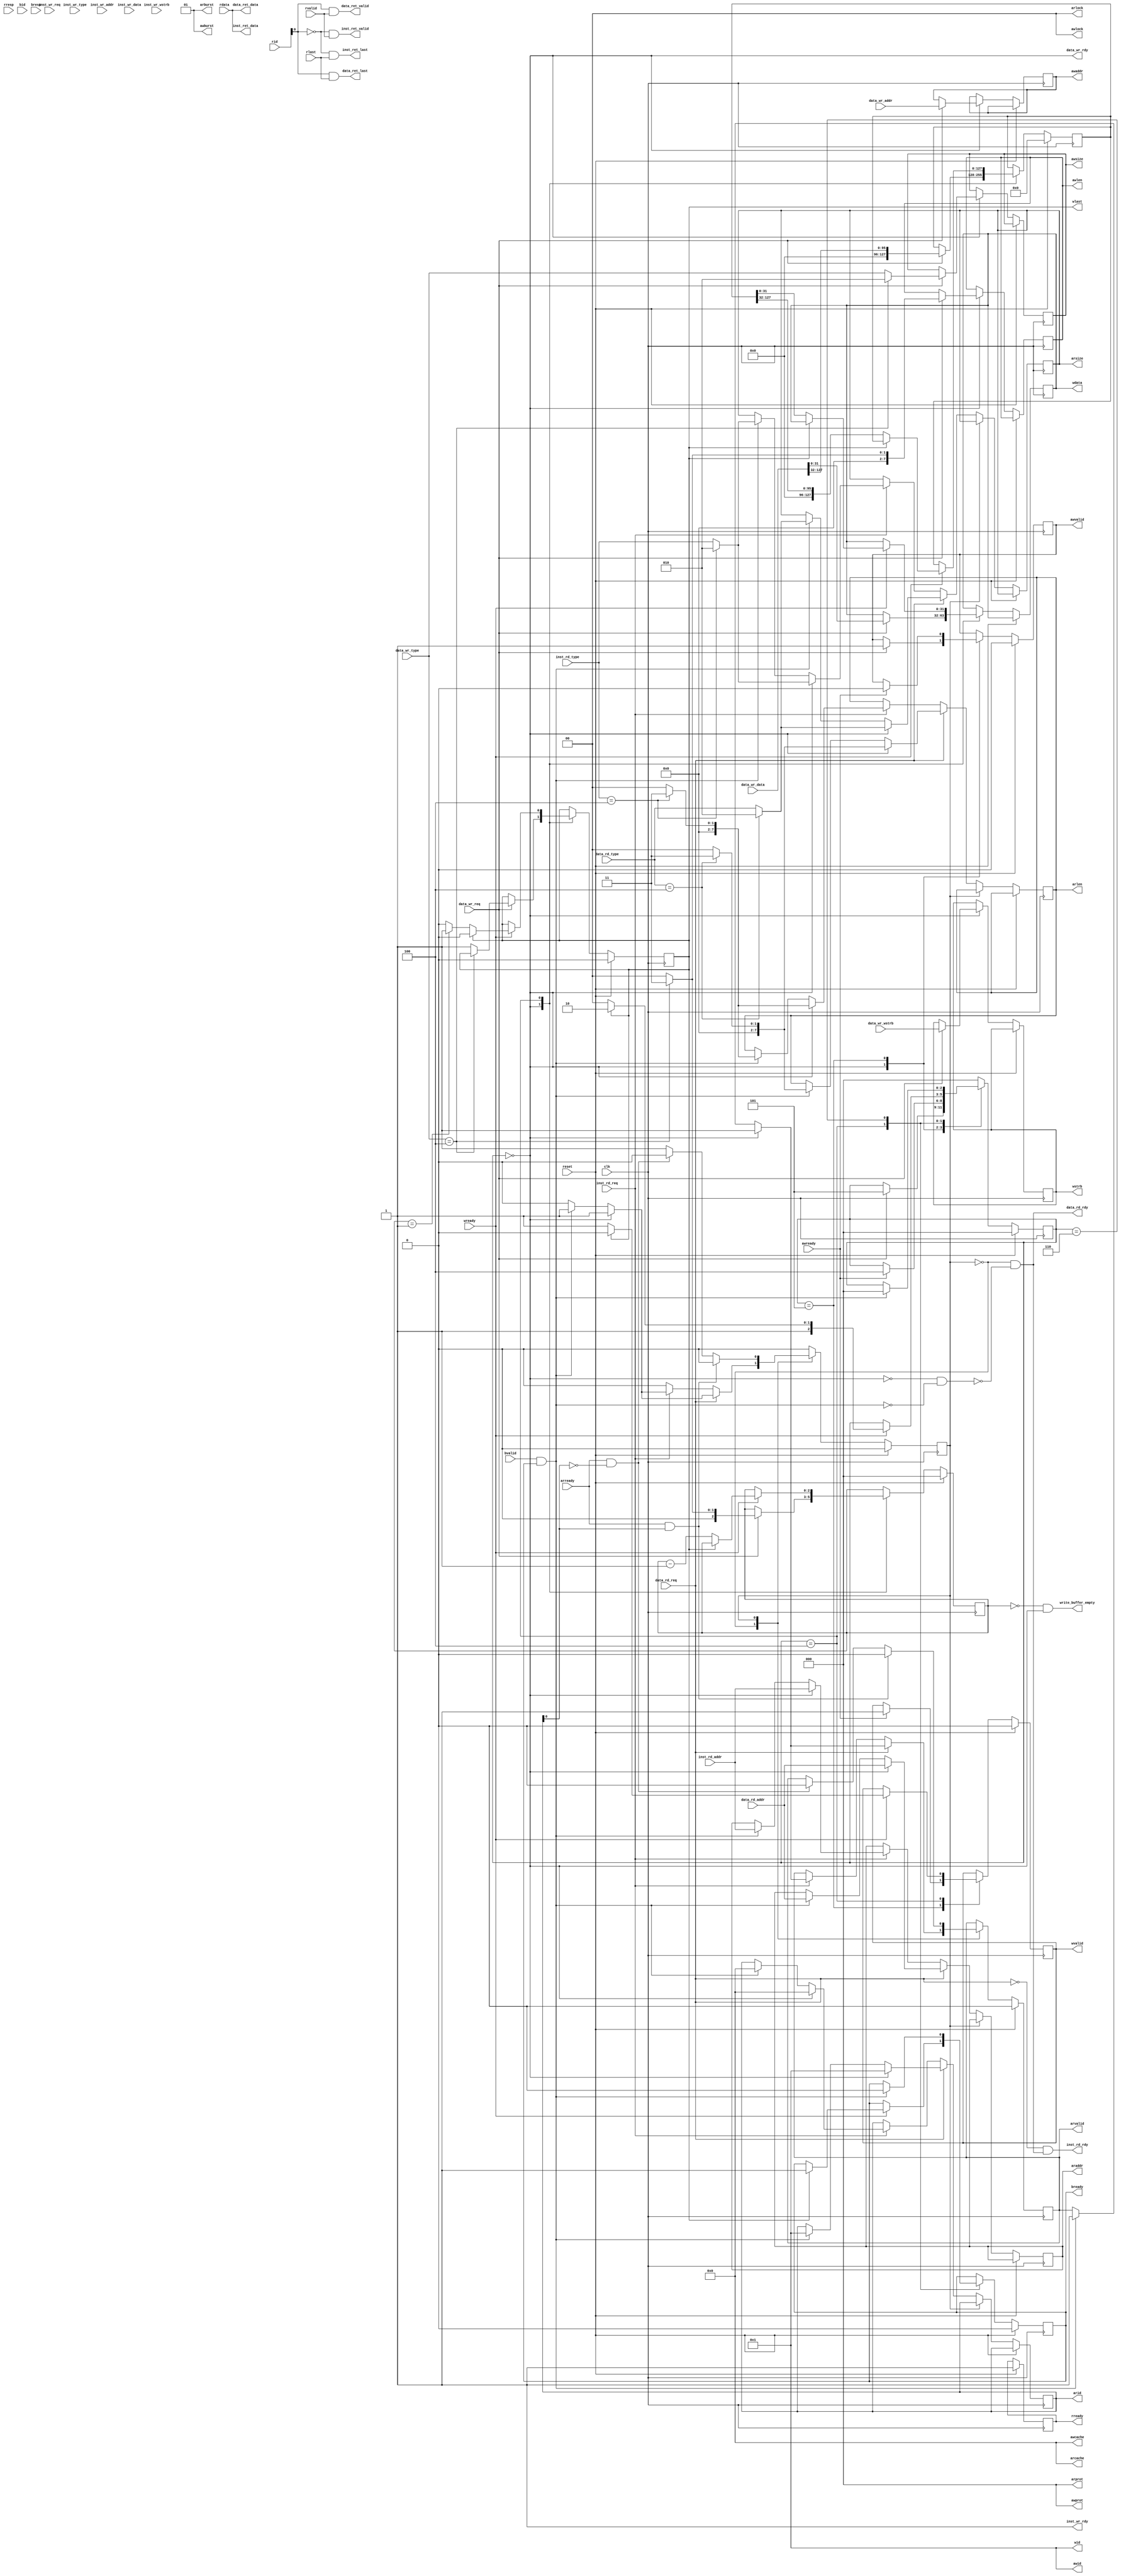
module axi_bridge(
    input   clk,
    input   reset,

    output   reg[ 3:0] arid,
    output   reg[31:0] araddr,
    output   reg[ 7:0] arlen,
    output   reg[ 2:0] arsize,
    output      [ 1:0] arburst,
    output      [ 1:0] arlock,
    output      [ 3:0] arcache,
    output      [ 2:0] arprot,
    output   reg       arvalid,
    input              arready,

    input    [ 3:0] rid,
    input    [31:0] rdata,
    input    [ 1:0] rresp,
    input           rlast,
    input           rvalid,
    output   reg    rready,

    output      [ 3:0] awid,
    output   reg[31:0] awaddr,
    output   reg[ 7:0] awlen,
    output   reg[ 2:0] awsize,
    output      [ 1:0] awburst,
    output      [ 1:0] awlock,
    output      [ 3:0] awcache,
    output      [ 2:0] awprot,
    output   reg       awvalid,
    input              awready,

    output      [ 3:0] wid,
    output   reg[31:0] wdata,
    output   reg[ 3:0] wstrb,
    output   reg       wlast,
    output   reg       wvalid,
    input              wready,

    input    [ 3:0] bid,
    input    [ 1:0] bresp,
    input           bvalid,
    output   reg    bready,
    //cache sign
    input            inst_rd_req     ,
    input  [ 2:0]    inst_rd_type    ,
    input  [31:0]    inst_rd_addr    ,
    output           inst_rd_rdy     ,
    output           inst_ret_valid  ,
    output           inst_ret_last   ,
    output [31:0]    inst_ret_data   ,
    input            inst_wr_req     ,
    input  [ 2:0]    inst_wr_type    ,
    input  [31:0]    inst_wr_addr    ,
    input  [ 3:0]    inst_wr_wstrb   ,
    input  [127:0]   inst_wr_data    ,
    output           inst_wr_rdy     ,

    input            data_rd_req     ,
    input  [ 2:0]    data_rd_type    ,
    input  [31:0]    data_rd_addr    ,
    output           data_rd_rdy     ,
    output           data_ret_valid  ,
    output           data_ret_last   ,
    output [31:0]    data_ret_data   ,
    input            data_wr_req     ,
    input  [ 2:0]    data_wr_type    ,
    input  [31:0]    data_wr_addr    ,
    input  [ 3:0]    data_wr_wstrb   ,
    input  [127:0]   data_wr_data    ,
    output           data_wr_rdy     ,
    output           write_buffer_empty
);

//fixed signal
assign  arburst = 2'b1;
assign  arlock  = 2'b0;
assign  arcache = 4'b0;
assign  arprot  = 3'b0;
assign  awid    = 4'b1;
assign  awburst = 2'b1;
assign  awlock  = 2'b0;
assign  awcache = 4'b0;
assign  awprot  = 3'b0;
assign  wid     = 4'b1;

assign  inst_wr_rdy = 1'b1;

localparam read_requst_empty = 1'b0;
localparam read_requst_ready = 1'b1;
localparam read_respond_empty = 1'b0;
localparam read_respond_transfer = 1'b1;
localparam write_request_empty = 3'b000;
localparam write_addr_ready = 3'b001;
localparam write_data_ready = 3'b010;
localparam write_all_ready = 3'b011;
localparam write_data_transform = 3'b100;
localparam write_data_wait = 3'b101;
localparam write_wait_b = 3'b110;

reg       read_requst_state;
reg       read_respond_state;
reg [2:0] write_requst_state;

wire      write_wait_enable;

wire         rd_requst_state_is_empty;
wire         rd_requst_can_receive;

assign rd_requst_state_is_empty = read_requst_state == read_requst_empty;

wire        data_rd_cache_line;
wire        inst_rd_cache_line;
wire [ 2:0] data_real_rd_size;
wire [ 7:0] data_real_rd_len ;
wire [ 2:0] inst_real_rd_size;
wire [ 7:0] inst_real_rd_len ;
wire        data_wr_cache_line;
wire [ 2:0] data_real_wr_size;
wire [ 7:0] data_real_wr_len ;

reg [127:0] write_buffer_data;
reg [ 2:0]  write_buffer_num;

wire        write_buffer_last;

assign write_buffer_empty = (write_buffer_num == 3'b0) && !write_wait_enable;

assign rd_requst_can_receive = rd_requst_state_is_empty && !(write_wait_enable && !(bvalid && bready));

assign data_rd_rdy = rd_requst_can_receive;
assign inst_rd_rdy = !data_rd_req && rd_requst_can_receive;

//read type must be cache line
assign data_rd_cache_line = data_rd_type == 3'b100                   ;
assign data_real_rd_size  = data_rd_cache_line ? 3'b10 : data_rd_type;
assign data_real_rd_len   = data_rd_cache_line ? 8'b11 : 8'b0        ;

assign inst_rd_cache_line = inst_rd_type == 3'b100                   ;
assign inst_real_rd_size  = inst_rd_cache_line ? 3'b10 : inst_rd_type;
assign inst_real_rd_len   = inst_rd_cache_line ? 8'b11 : 8'b0        ;

//write size can be special
assign data_wr_cache_line = data_wr_type == 3'b100;
assign data_real_wr_size  = data_wr_cache_line ? 3'b10 : data_wr_type;
assign data_real_wr_len   = data_wr_cache_line ? 8'b11 : 8'b0             ;

assign inst_ret_valid = !rid[0] && rvalid;
assign inst_ret_last  = !rid[0] && rlast;
assign inst_ret_data  = rdata;    //this signal needed buffer???
assign data_ret_valid =  rid[0] && rvalid;
assign data_ret_last  =  rid[0] && rlast;
assign data_ret_data  = rdata;

assign data_wr_rdy = (write_requst_state == write_request_empty);

assign write_buffer_last = write_buffer_num == 3'b1;

always @(posedge clk) begin
    if (reset) begin
        read_requst_state <= read_requst_empty;
        arvalid <= 1'b0;
    end
    else case (read_requst_state)
        read_requst_empty: begin
            if (data_rd_req) begin
                if (write_wait_enable) begin
                    if (bvalid && bready) begin   //when wait write back, stop send read request. easiest way.
                        read_requst_state <= read_requst_ready;
                        arid <= 4'b1;
                        araddr <= data_rd_addr;
                        arsize <= data_real_rd_size;
                        arlen  <= data_real_rd_len;
                        arvalid <= 1'b1;
                    end
                end
                else begin
                    read_requst_state <= read_requst_ready;
                    arid <= 4'b1;
                    araddr <= data_rd_addr;
                    arsize <= data_real_rd_size;
                    arlen  <= data_real_rd_len;
                    arvalid <= 1'b1;
                end
            end
            else if (inst_rd_req) begin
                if (write_wait_enable) begin
                    if (bvalid && bready) begin
                        read_requst_state <= read_requst_ready;
                        arid <= 4'b0;
                        araddr <= inst_rd_addr;
                        arsize <= inst_real_rd_size;
                        arlen  <= inst_real_rd_len;
                        arvalid <= 1'b1;
                    end
                end
                else begin
                    read_requst_state <= read_requst_ready;
                    arid <= 4'b0;
                    araddr <= inst_rd_addr;
                    arsize <= inst_real_rd_size;
                    arlen  <= inst_real_rd_len;
                    arvalid <= 1'b1;
                end
            end
        end
        read_requst_ready: begin
            if (arready && arid[0]) begin
                read_requst_state <= read_requst_empty;
                arvalid <= 1'b0;
            end
            else if (arready && !arid[0]) begin 
                read_requst_state <= read_requst_empty;
                arvalid <= 1'b0;
            end
        end
    endcase
end

always @(posedge clk) begin
    if (reset) begin
        read_respond_state <= read_respond_empty;
        rready <= 1'b1;
    end
    else case (read_respond_state)
        read_respond_empty: begin
            if (rvalid && rready) begin 
                read_respond_state <= read_respond_transfer;
            end
        end
        read_respond_transfer: begin
            if (rlast && rvalid) begin
                read_respond_state <= read_respond_empty;
            end
        end
    endcase
end

always @(posedge clk) begin
    if (reset) begin
        write_requst_state <= write_request_empty;
        awvalid <= 1'b0;
        wvalid  <= 1'b0;
        wlast   <= 1'b0;
        bready  <= 1'b0;
        
        write_buffer_num   <= 3'b0;
        write_buffer_data  <= 128'b0;
    end
    else case (write_requst_state)
        write_request_empty: begin
            if (data_wr_req) begin
                write_requst_state <= write_data_wait;
                //end
                awaddr  <= data_wr_addr;
                awsize  <= data_real_wr_size;
                awlen   <= data_real_wr_len;
                awvalid <= 1'b1;
                wdata   <= data_wr_data[31:0];  //from write 128 bit buffer
                wstrb   <= data_wr_wstrb;

                write_buffer_data <= {32'b0, data_wr_data[127:32]};

                if (data_wr_type == 3'b100) begin
                    write_buffer_num <= 3'b011;
                end
                else begin
                    write_buffer_num <= 3'b0;
                    wlast <= 1'b1;
                end
            end
        end
        write_data_wait: begin
            if (awready) begin
                write_requst_state <= write_data_transform;
                awvalid <= 1'b0;
		wvalid  <= 1'b1;
            end
        end 
        write_data_transform: begin
            if (wready) begin
                if (wlast) begin
                    write_requst_state <= write_wait_b;
                    wvalid <= 1'b0;
                    wlast <= 1'b0;
        	    bready <= 1'b1;
                end
                else begin
                    if (write_buffer_last) begin
                        wlast <= 1'b1;
                    end
                
                    write_requst_state <= write_data_transform;
    
                    wdata   <= write_buffer_data[31:0];
                    wvalid  <= 1'b1;
                    write_buffer_data <= {32'b0, write_buffer_data[127:32]};
                    write_buffer_num  <= write_buffer_num - 3'b1;
                end
            end
        end
	write_wait_b: begin
		if (bvalid && bready) begin
                    write_requst_state <= write_request_empty;
		    bready <= 1'b0;
		end
	end
        default: begin
            write_requst_state <= write_request_empty;
        end
    endcase
end

assign write_wait_enable = ~(write_requst_state == write_request_empty);

endmodule